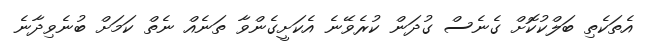
އެތަކެތި ބަލްކުކޮށް ގެނެސް ގުދަން ކުރެވޭނެ އެކަށީގެންވާ ތަނެއް ނެތް ކަމަށް ބުނެވިދާނެ